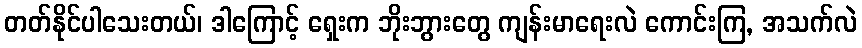
တတ်နိုင်ပါသေးတယ်၊ ဒါကြောင့် ရှေးက ဘိုးဘွားတွေ ကျန်းမာရေးလဲ ကောင်းကြ, အသက်လဲ